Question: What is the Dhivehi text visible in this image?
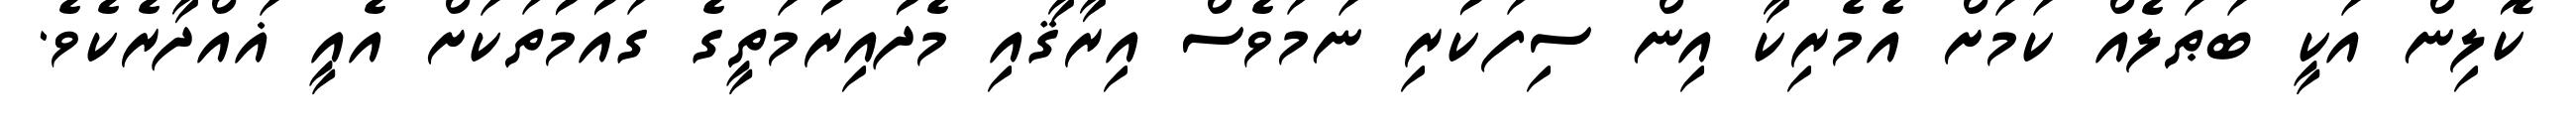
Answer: ކޮލިން އަކީ ބަޠަލެއް ކަމަށް އެމެރިކާ އިން ސިފަކުރި ނަމަވެސް އިރާޤާއި މެދުއިރުމަތީގެ ގައުމުތަކަށް އެއީ ޣައްދާރެކެވެ.